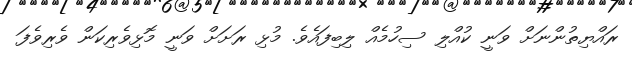
ރައްޔިތުންނަށް ވަނީ ކުއްލި ސިހުމެއް ލިބިފައެވެ. މުޅި ރަށަށް ވަނީ މޮޅިވެރިކަން ވެރިވެފަ